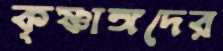
কৃষ্ণাঙ্গদের